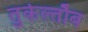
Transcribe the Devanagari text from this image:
तुर्केल्तौब